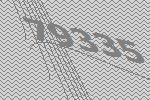
79335